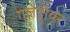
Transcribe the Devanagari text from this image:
गजेट्टीयर